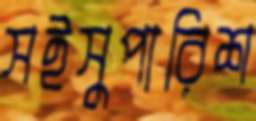
সইসুপারিশ